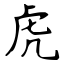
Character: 虎